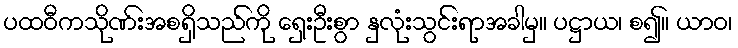
ပထဝီကသိုဏ်းအစရှိသည်ကို ရှေးဦးစွာ နှလုံးသွင်းရာအခါမှ။ ပဋ္ဌာယ၊ စ၍။ ယာဝ၊